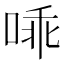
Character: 𱓅